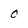
Character: o